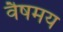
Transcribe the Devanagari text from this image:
वैषमय